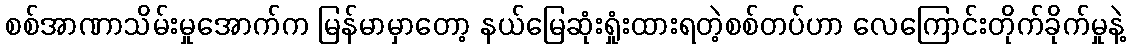
စစ်အာဏာသိမ်းမှုအောက်က မြန်မာမှာတော့ နယ်မြေဆုံးရှုံးထားရတဲ့စစ်တပ်ဟာ လေကြောင်းတိုက်ခိုက်မှုနဲ့